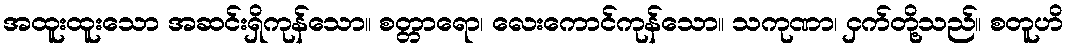
အထူးထူးသော အဆင်းရှိကုန်သော။ စတ္တာရော၊ လေးကောင်ကုန်သော။ သကုဏာ၊ ငှက်တို့သည်။ စတူဟိ